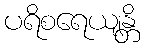
ပရိစရေယျန္တိ